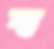
স্ব